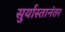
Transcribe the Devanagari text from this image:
सुर्यास्तानंतर